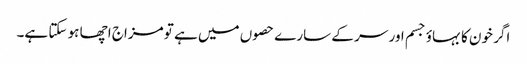
اگر خون کا بہاؤ جسم اور سر کے سارے حصوں میں ہے تو مزاج اچھا ہو سکتا ہے۔